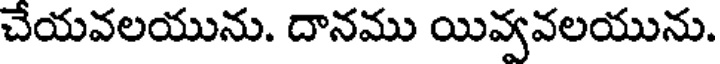
చేయవలయును. దానము యివ్వవలయును.